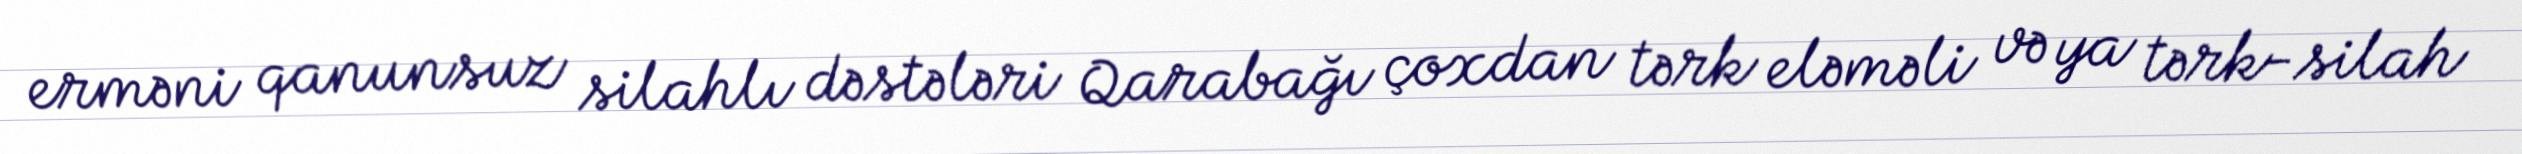
erməni qanunsuz silahlı dəstələri Qarabağı çoxdan tərk eləməli və ya tərk-silah